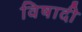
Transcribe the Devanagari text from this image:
विषादी